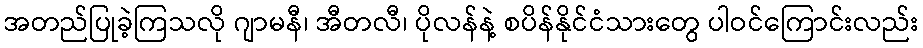
အတည်ပြုခဲ့ကြသလို ဂျာမနီ၊ အီတလီ၊ ပိုလန်နဲ့ စပိန်နိုင်ငံသားတွေ ပါဝင်ကြောင်းလည်း